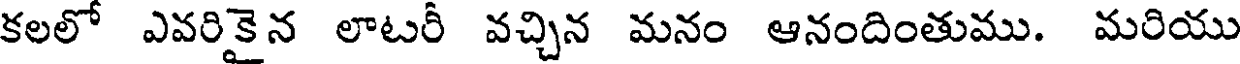
కలలో ఎవరికైన లాటరీ వచ్చిన మనం ఆనందింతుము. మరియు